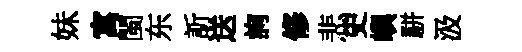
妹寓閩东訢送詢修悲史嶼駢汲